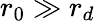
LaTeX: r_{0}\gg r_{d}